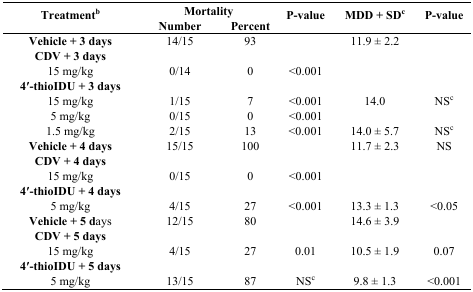
<table><thead><tr><td rowspan="2"><b>Treatment<sup>b</sup></b></td><td colspan="2"><b>Mortality</b></td><td rowspan="2"><b>P-value</b></td><td rowspan="2"><b>MDD + SD<sup>c</sup></b></td><td rowspan="2"><b>P-value</b></td></tr><tr><td><b>Number</b></td><td><b>Percent</b></td></tr></thead><tbody><tr><td><b>Vehicle + 3 days</b></td><td>14/15</td><td>93</td><td></td><td>11.9 ± 2.2</td><td></td></tr><tr><td><b>CDV + 3 days</b></td><td></td><td></td><td></td><td></td><td></td></tr><tr><td>15 mg/kg</td><td>0/14</td><td>0</td><td>&lt;0.001</td><td></td><td></td></tr><tr><td><b>4</b>′<b>-thioIDU + 3 days</b></td><td></td><td></td><td></td><td></td><td></td></tr><tr><td>15 mg/kg</td><td>1/15</td><td>7</td><td>&lt;0.001</td><td>14.0</td><td>NS<sup>c</sup></td></tr><tr><td>5 mg/kg</td><td>0/15</td><td>0</td><td>&lt;0.001</td><td></td><td></td></tr><tr><td>1.5 mg/kg</td><td>2/15</td><td>13</td><td>&lt;0.001</td><td>14.0 ± 5.7</td><td>NS<sup>c</sup></td></tr><tr><td><b>Vehicle + 4 days</b></td><td>15/15</td><td>100</td><td></td><td>11.7 ± 2.3</td><td>NS</td></tr><tr><td><b>CDV + 4 days</b></td><td></td><td></td><td></td><td></td><td></td></tr><tr><td>15 mg/kg</td><td>0/15</td><td>0</td><td>&lt;0.001</td><td></td><td></td></tr><tr><td><b>4</b>′<b>-thioIDU + 4 days</b></td><td></td><td></td><td></td><td></td><td></td></tr><tr><td>5 mg/kg</td><td>4/15</td><td>27</td><td>&lt;0.001</td><td>13.3 ± 1.3</td><td>&lt;0.05</td></tr><tr><td><b>Vehicle + 5 days</b></td><td>12/15</td><td>80</td><td></td><td>14.6 ± 3.9</td><td></td></tr><tr><td><b>CDV + 5 days</b></td><td></td><td></td><td></td><td></td><td></td></tr><tr><td>15 mg/kg</td><td>4/15</td><td>27</td><td>0.01</td><td>10.5 ± 1.9</td><td>0.07</td></tr><tr><td><b>4</b>′<b>-thioIDU + 5 days</b></td><td></td><td></td><td></td><td></td><td></td></tr><tr><td>5 mg/kg</td><td>13/15</td><td>87</td><td>NS<sup>c</sup></td><td>9.8 ± 1.3</td><td>&lt;0.001</td></tr></tbody></table>